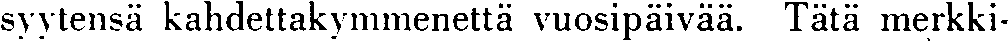
syytensä kahdettakymmenettä vuosipäivää. Tätä merkki-